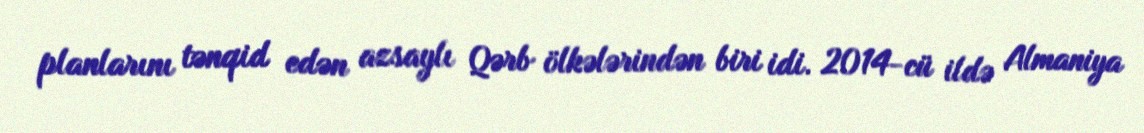
planlarını tənqid edən azsaylı Qərb ölkələrindən biri idi. 2014-cü ildə Almaniya